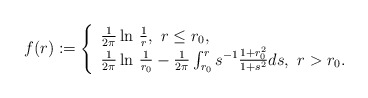
\begin{align*}f(r):=\left\{\begin{array}{ll} \frac{1}{2\pi}\ln\,\frac{1}{r},\,\,r\leq r_{0},\\ \frac{1}{2\pi}\ln\,\frac{1}{r_0}-\frac{1}{2\pi}\int_{r_{0}}^{r}s^{-1}\frac{1+r_{0}^{2}}{1+s^{2}}ds, \,\,r>r_{0}. \\\end{array}\right.\end{align*}